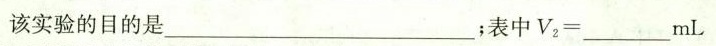
该实验的目的是___；表中$$V _ { 2 } =$$___mL